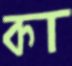
কা